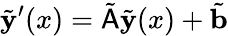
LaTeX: \tilde{\mathbf{y}}^{\prime}(x)=\tilde{\mathsf{A}}\tilde{\mathbf{y}}(x)+\tilde{\mathbf{b}}